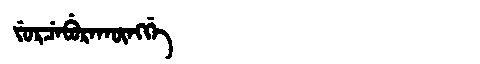
Manchu: ᠵᡠᡵᠴᡝᠪᡠᡵᠠᡴᡡᠩᡤᡝ
Romanization: JURCEBURAKŪNGGE